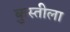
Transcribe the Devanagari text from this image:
कुस्तीला